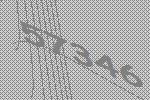
57346